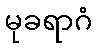
မုခရာဂံ